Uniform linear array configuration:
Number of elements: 4
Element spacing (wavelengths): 1
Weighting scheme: cosine
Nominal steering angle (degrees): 0
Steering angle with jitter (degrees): -1.786
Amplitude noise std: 0.05
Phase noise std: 0.05

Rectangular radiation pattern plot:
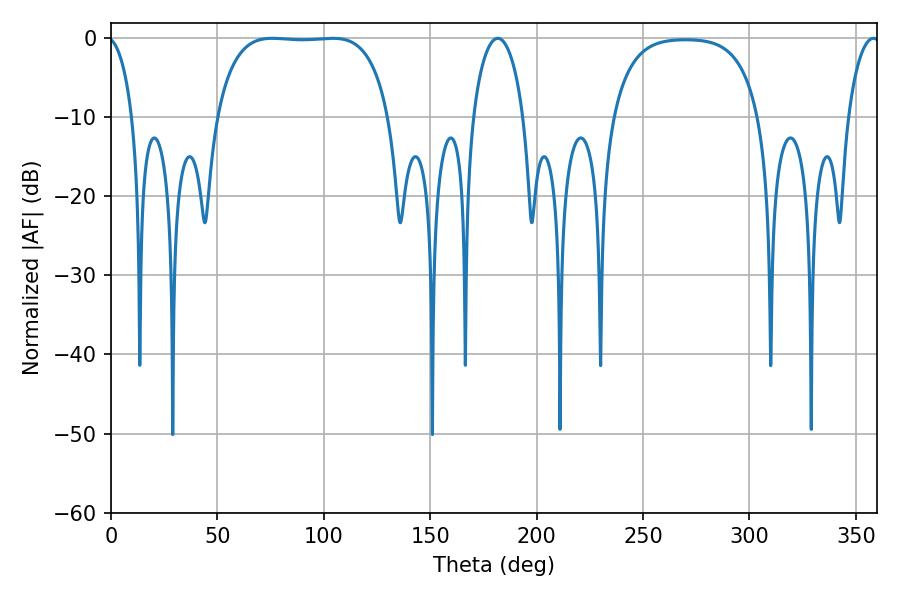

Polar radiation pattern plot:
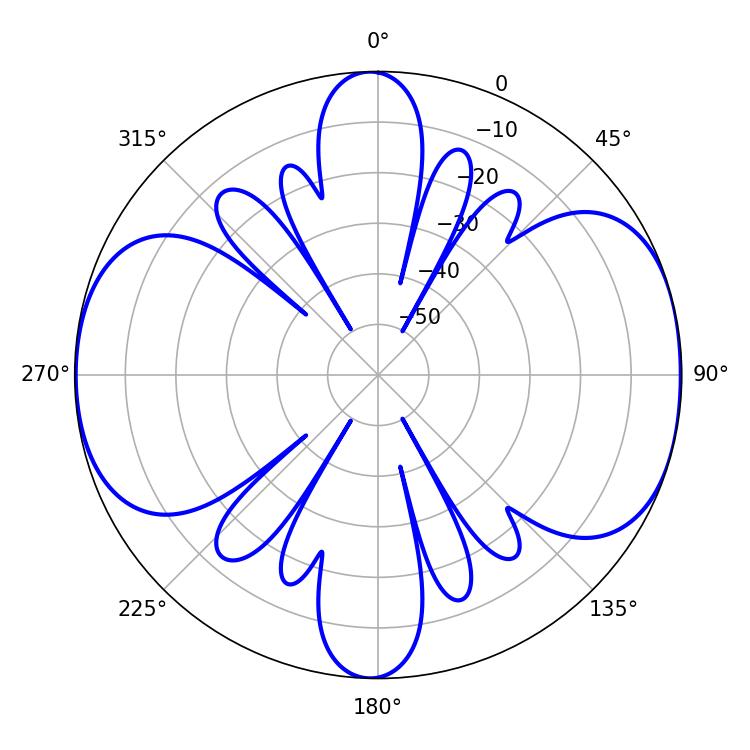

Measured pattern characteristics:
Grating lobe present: TRUE
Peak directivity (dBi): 9.254
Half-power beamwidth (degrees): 63.36
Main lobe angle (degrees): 75.78